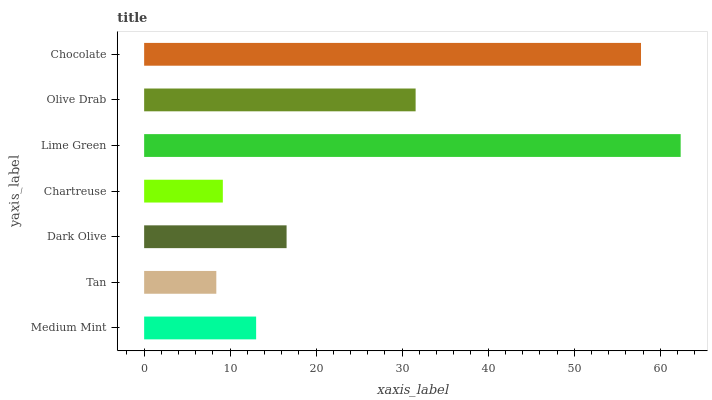
| yaxis_label | bars |
 | --- | --- |
 | Medium Mint | 13 |
 | Tan | 8.39 |
 | Dark Olive | 16.6 |
 | Chartreuse | 9.15 |
 | Lime Green | 62.4 |
 | Olive Drab | 31.6 |
 | Chocolate | 57.8 |